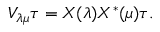
V _ { \lambda \mu } \tau = X ( \lambda ) X ^ { * } ( \mu ) \tau .